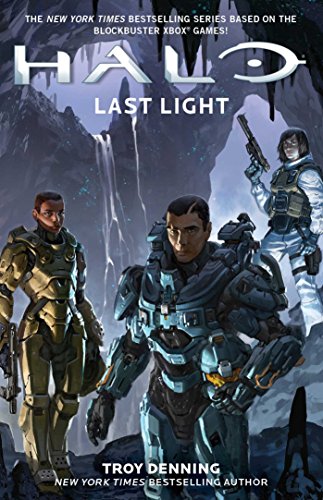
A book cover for Last Light (HALO); Troy Denning; Science Fiction & Fantasy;